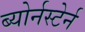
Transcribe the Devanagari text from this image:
ब्योर्नस्टेर्न